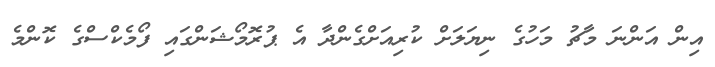
އިން އަންނަ މާޗު މަހުގެ ނިޔަލަށް ކުރިއަށްގެންދާ އެ ޕުރޮމޯޝަންގައި ފޯމެކްސްގެ ކޮންމެ